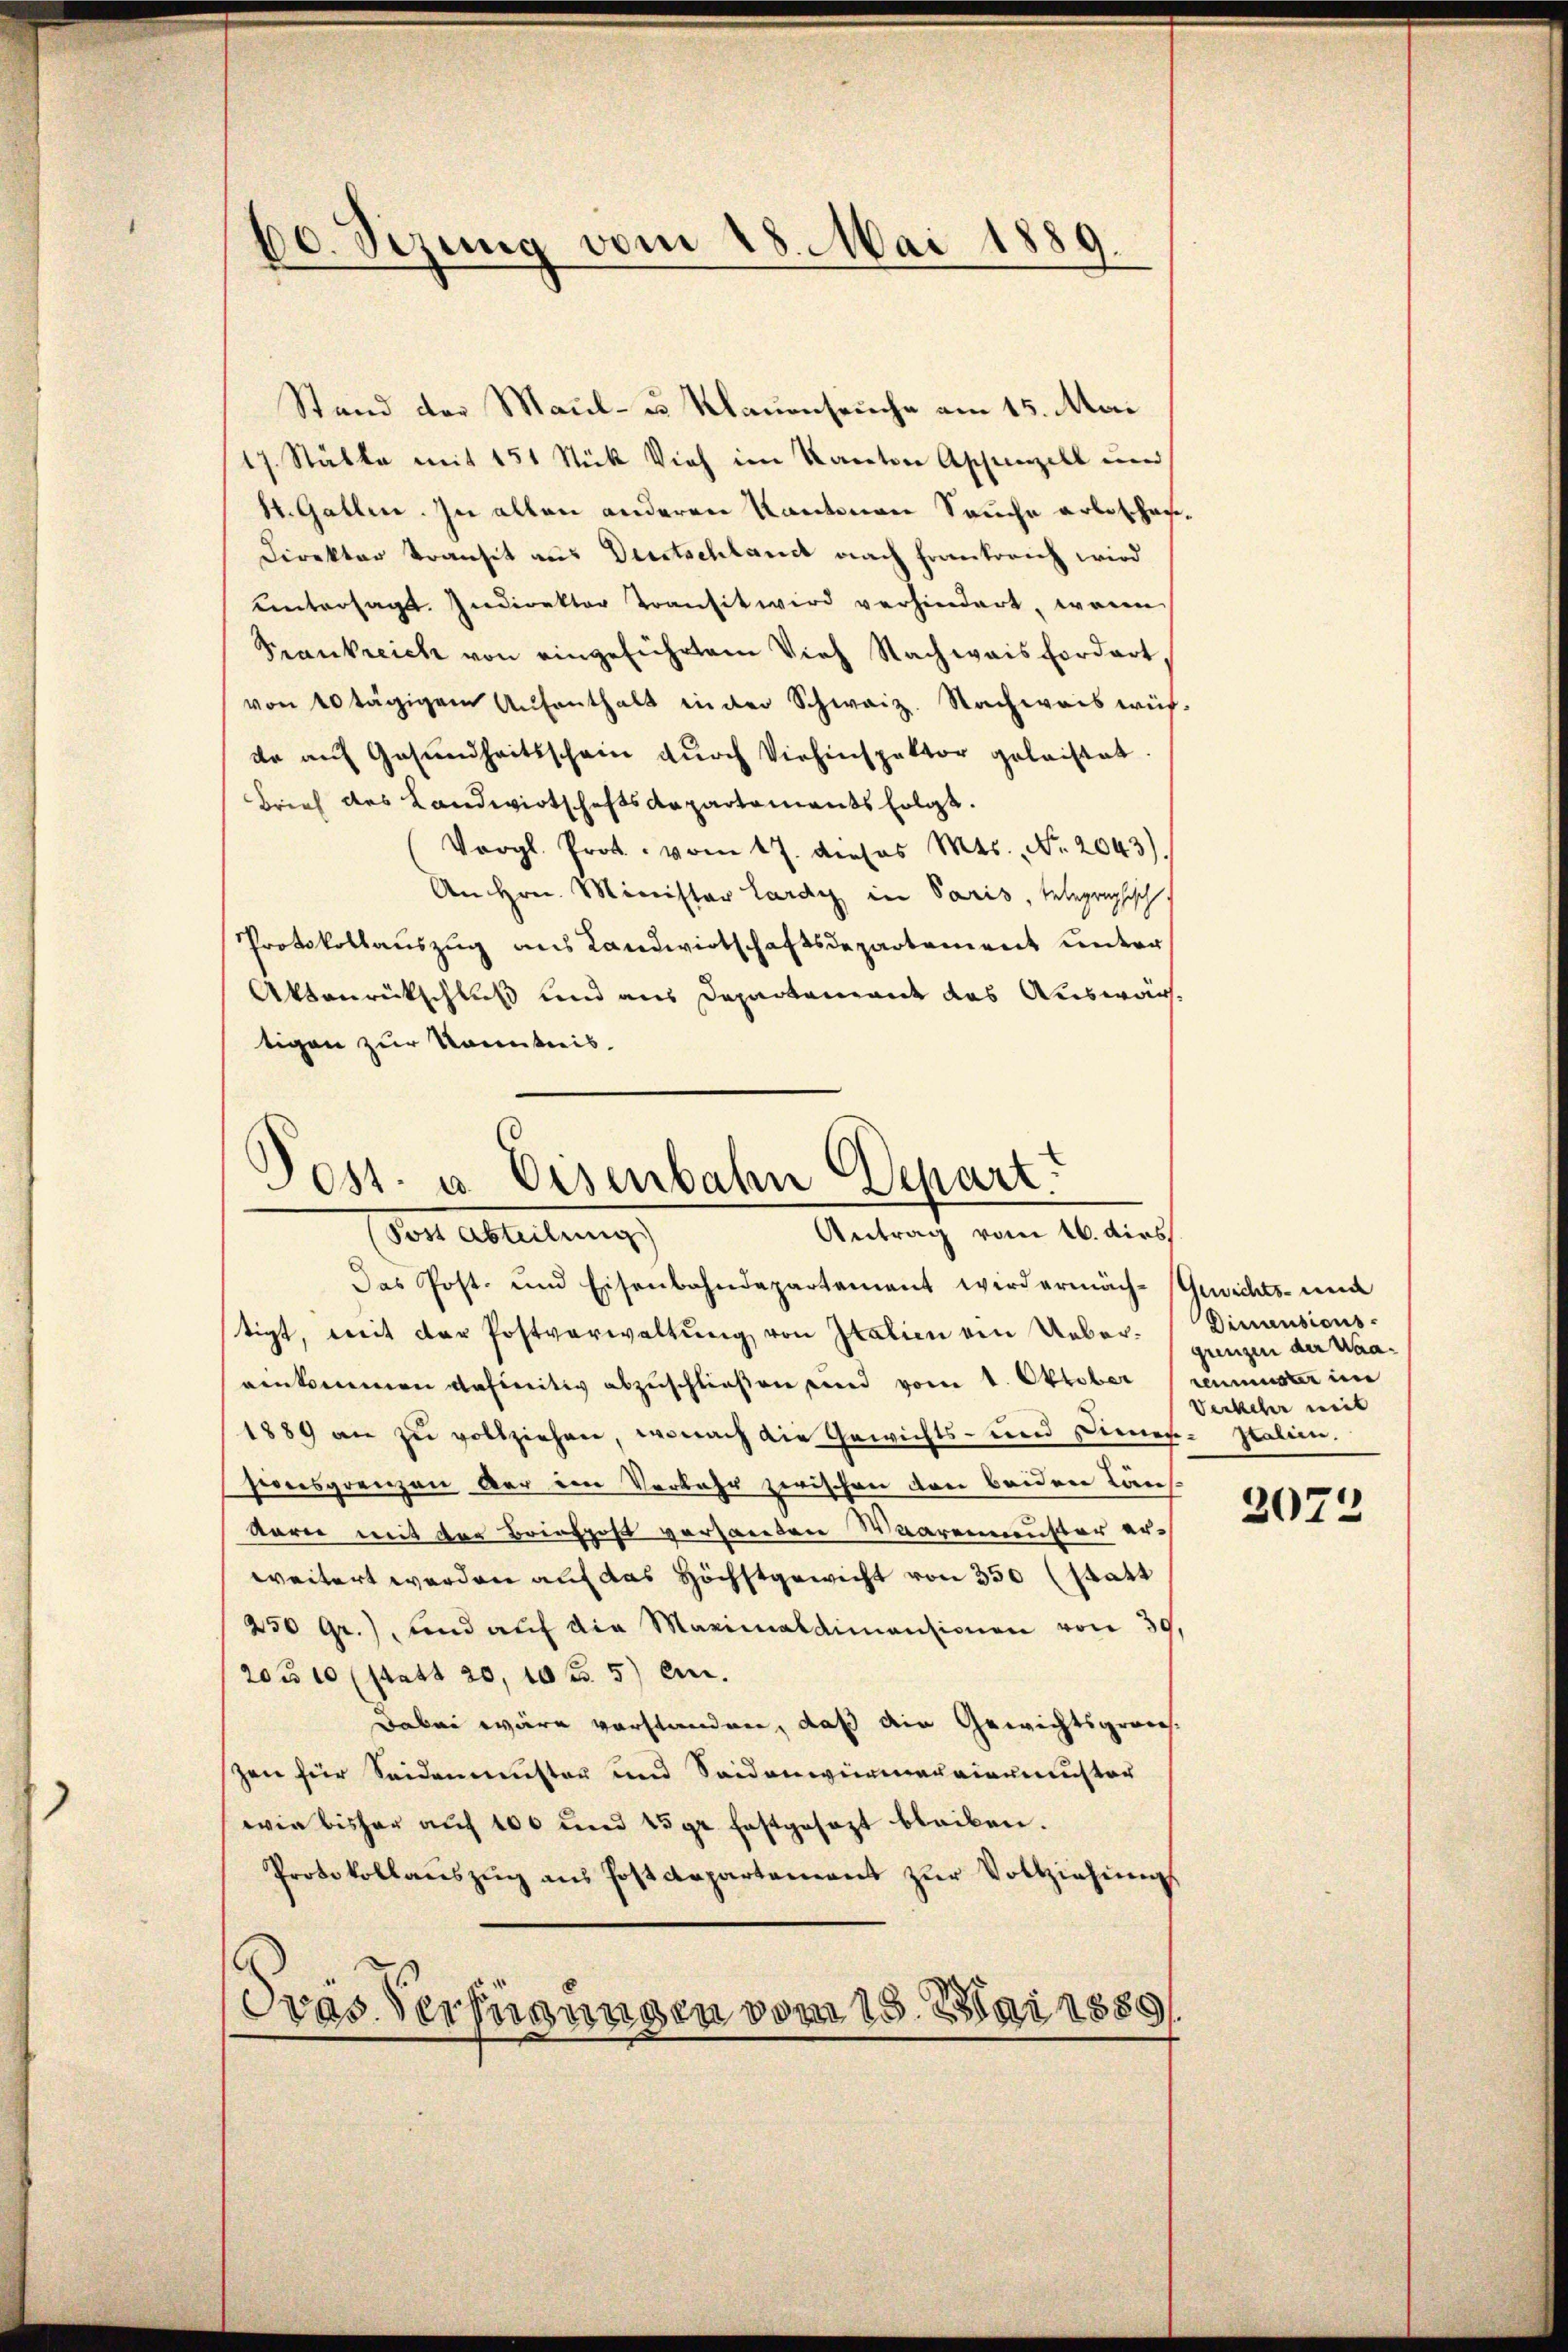
60. Sizung vom 28. Mai 1889.

Stand der Maul- u Mauenseuche am 15. Mai
17. Stätte mit 151 Stück Vieh im Kanton Aschanzell und
St. Gallen. In allen anderen Kantonen Sauche arbeschaf¬
Direktor transit aus Deutschlauch nach Frankreich wird
ŭntersagt. Indirektor Transit wird verhindert, wenn
Prankreich von eingeführtem Vieh Nachwais fordert
von 40 tägigem Aufenthalt in der Schweiz. Nachweis würde auf Gesundheitsschein durch Viehinspektor geleistet.
Brief des Landwirtschaftsdepartements folgt.
l. Pr. vom 17. dieses Mts., Nr. 2043).
An Hrn. Minister Lardy in Paris, telegraphisch.
Protokollauszug aus Landwirtschaftsdepartement unter
Aktenrückschluß und aus Departement das Auswärtigen zur Kenntnis.

Post. u. Eisenbahn Depart.
Antrag vom 16. dies
(Von Abteilung,

Das Post- und Eisenbahndepartement wird ermäch-Gerichts- und
tigt, mit der Postverwaltŭng von Italien von Ueber-Dinausions-
enkommen definitiv abzuschlieβen wird vom 1. Oktober (renmuster im
1889 an zu vollziehen, wonach die Gewichts- und Diener-Italien.
sionsgrenzen der im Verbahr zwischen den beiden Laus
korn mit der Briefpost verhanden Waarenmuster erweitert werden auf das Höchstgewicht von 350 (statt
250 gr.), und auf die Maximaldimansionen von 30.
20/10 (statt 20, 10 f 5 c.
Dabei wäre vorstanden, daß die Gewichtsgrauszen für Seidenmuster und Seidenwurmannianister
wie bisher auf 100 und 15 gr. festgesezt bleiben.
Protokollaŭszŭg ans Postdepartement zŭr Vollziehung
Dras Verfügungen vom 15. Mai 1889/

grenzen der Waa¬
Verkehr mit

2072